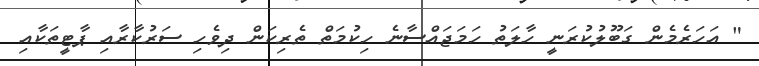
" އަހަރެމެން ގަބޫލުކުރަނީ ހާލަތު ހަމަޖައްސާނެ ހިކުމަތް ތެރިކަން ދިވެހި ސަރުކާރާއި ޕާޓީތަކާއި